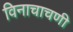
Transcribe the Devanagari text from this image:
विनाचाचणी